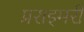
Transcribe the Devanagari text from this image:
प्रराइमरी